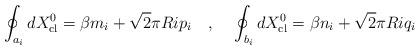
LaTeX: \begin{align*}\oint_{a_i}dX^0_{\rm cl}=\beta m_i+\sqrt{2}\pi Ri p_i~~~,~~~\oint_{b_i}dX^0_{\rm cl}=\beta n_i+\sqrt{2}\pi Ri q_i\end{align*}